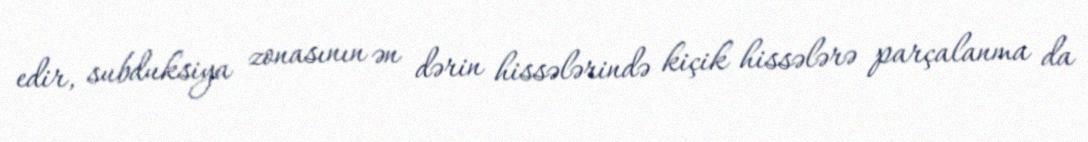
edir, subduksiya zonasının ən dərin hissələrində kiçik hissələrə parçalanma da